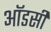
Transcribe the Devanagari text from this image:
ऑडसी